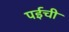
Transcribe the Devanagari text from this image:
पईची